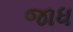
જાધ